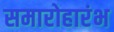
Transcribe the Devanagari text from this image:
समारोहारंभ